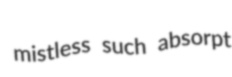
mistless such absorpt